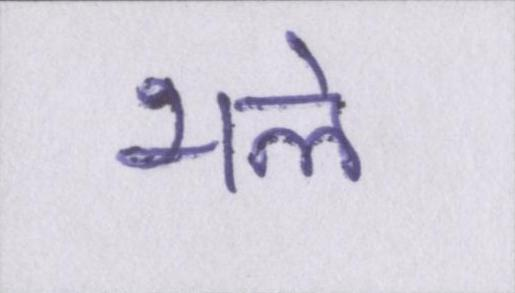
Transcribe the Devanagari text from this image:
भले